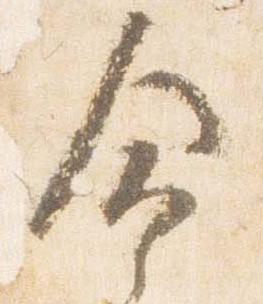
命